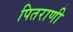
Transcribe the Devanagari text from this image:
पितराणी